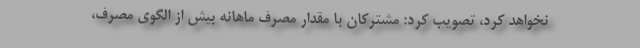
نخواهد کرد، تصویب کرد: مشترکان با مقدار مصرف ماهانه بیش از الگوی مصرف،